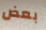
بعض